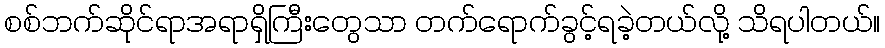
စစ်ဘက်ဆိုင်ရာအရာရှိကြီးတွေသာ တက်ရောက်ခွင့်ရခဲ့တယ်လို့ သိရပါတယ်။